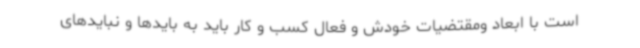
است با ابعاد ومقتضیات خودش و فعال کسب و کار باید به بایدها و نبایدهای